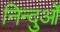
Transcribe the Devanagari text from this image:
निन्दुओं